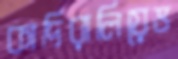
কাদিরালিয়েভ